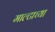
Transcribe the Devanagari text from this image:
माल्टाच्या